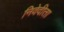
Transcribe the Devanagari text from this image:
निवेदीता